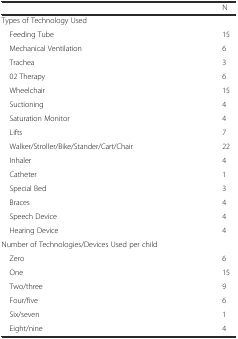
<table><thead><tr><td></td><td><b>N</b></td></tr></thead><tbody><tr><td colspan="2">Types of Technology Used</td></tr><tr><td> Feeding Tube</td><td>15</td></tr><tr><td> Mechanical Ventilation</td><td>6</td></tr><tr><td> Trachea</td><td>3</td></tr><tr><td> 02 Therapy</td><td>6</td></tr><tr><td> Wheelchair</td><td>15</td></tr><tr><td> Suctioning</td><td>4</td></tr><tr><td> Saturation Monitor</td><td>4</td></tr><tr><td> Lifts</td><td>7</td></tr><tr><td> Walker/Stroller/Bike/Stander/Cart/Chair</td><td>22</td></tr><tr><td> Inhaler</td><td>4</td></tr><tr><td> Catheter</td><td>1</td></tr><tr><td> Special Bed</td><td>3</td></tr><tr><td> Braces</td><td>4</td></tr><tr><td> Speech Device</td><td>4</td></tr><tr><td> Hearing Device</td><td>4</td></tr><tr><td colspan="2">Number of Technologies/Devices Used per child</td></tr><tr><td> Zero</td><td>6</td></tr><tr><td> One</td><td>15</td></tr><tr><td> Two/three</td><td>9</td></tr><tr><td> Four/five</td><td>6</td></tr><tr><td> Six/seven</td><td>1</td></tr><tr><td> Eight/nine</td><td>4</td></tr></tbody></table>